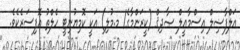
އަލްފާޟިލް އިސްމާޢީލް ޞާދިޤް (ކީރަންމާގެ/ މ.މުލި) އަކީ ކޮމިޔުނިޓީ ހެލްތު އޮފިސަރެކެވެ.